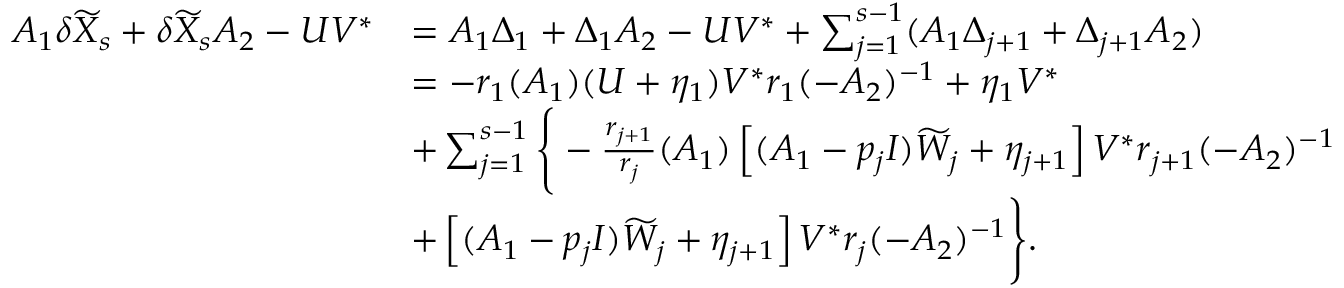
\begin{array} { r l } { A _ { 1 } \delta \widetilde X _ { s } + \delta \widetilde X _ { s } A _ { 2 } - U V ^ { * } } & { = A _ { 1 } \Delta _ { 1 } + \Delta _ { 1 } A _ { 2 } - U V ^ { * } + \sum _ { j = 1 } ^ { s - 1 } ( A _ { 1 } \Delta _ { j + 1 } + \Delta _ { j + 1 } A _ { 2 } ) } \\ & { = - r _ { 1 } ( A _ { 1 } ) ( U + \eta _ { 1 } ) V ^ { * } r _ { 1 } ( - A _ { 2 } ) ^ { - 1 } + \eta _ { 1 } V ^ { * } } \\ & { + \sum _ { j = 1 } ^ { s - 1 } \Bigg \{ - \frac { r _ { j + 1 } } { r _ { j } } ( A _ { 1 } ) \left[ ( A _ { 1 } - p _ { j } I ) \widetilde W _ { j } + \eta _ { j + 1 } \right] V ^ { * } r _ { j + 1 } ( - A _ { 2 } ) ^ { - 1 } } \\ & { + \left[ ( A _ { 1 } - p _ { j } I ) \widetilde W _ { j } + \eta _ { j + 1 } \right] V ^ { * } r _ { j } ( - A _ { 2 } ) ^ { - 1 } \Bigg \} . } \end{array}